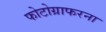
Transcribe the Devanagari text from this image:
फोटोग्राफरना